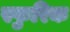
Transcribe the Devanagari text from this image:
स्फुरिक